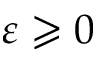
\varepsilon \geqslant 0